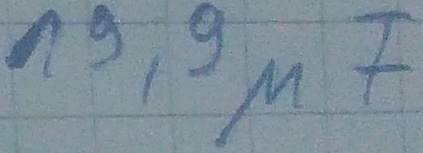
Text: 19,9µF